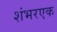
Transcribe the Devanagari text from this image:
शंभरएक